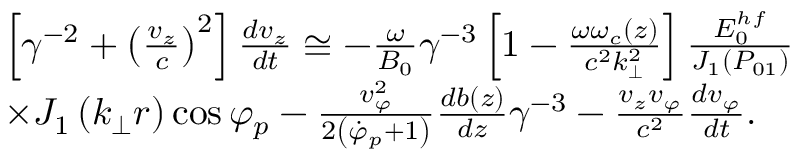
\begin{array} { r l } & { { \left[ \gamma ^ { - 2 } + \left( \frac { v _ { z } } { c } \right) ^ { 2 } \right] \frac { d v _ { z } } { d t } \cong - \frac { \omega } { B _ { 0 } } \gamma ^ { - 3 } \left[ 1 - \frac { \omega \omega _ { c } ( z ) } { c ^ { 2 } k _ { \perp } ^ { 2 } } \right] \frac { E _ { 0 } ^ { h f } } { J _ { 1 } \left( P _ { 0 1 } \right) } } } \\ & { \times J _ { 1 } \left( k _ { \perp } r \right) \cos \varphi _ { p } - \frac { v _ { \varphi } ^ { 2 } } { 2 \left( \dot { \varphi } _ { p } + 1 \right) } \frac { d b ( z ) } { d z } \gamma ^ { - 3 } - \frac { v _ { z } v _ { \varphi } } { c ^ { 2 } } \frac { d v _ { \varphi } } { d t } . } \end{array}